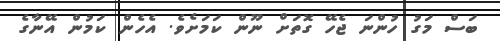
ބަސް މަގު ހުންނަ ޖެހޭ ގޮތަށް ނޫން ކަމަށެވެ. އެހެން ކަމުން އޭނާގެ